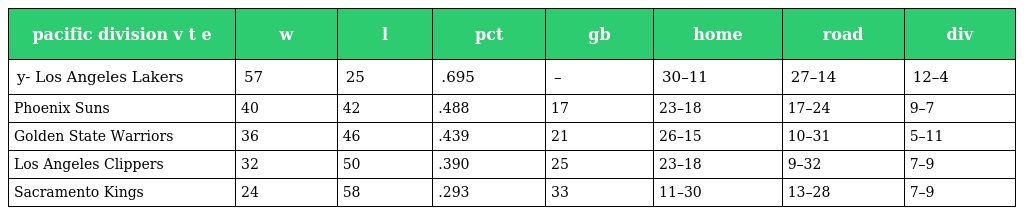
| pacific division v t e | w | l | pct | gb | home | road | div |
 | --- | --- | --- | --- | --- | --- | --- | --- |
 | y- Los Angeles Lakers | 57 | 25 | .695 | – | 30–11 | 27–14 | 12–4 |
 | Phoenix Suns | 40 | 42 | .488 | 17 | 23–18 | 17–24 | 9–7 |
 | Golden State Warriors | 36 | 46 | .439 | 21 | 26–15 | 10–31 | 5–11 |
 | Los Angeles Clippers | 32 | 50 | .390 | 25 | 23–18 | 9–32 | 7–9 |
 | Sacramento Kings | 24 | 58 | .293 | 33 | 11–30 | 13–28 | 7–9 |